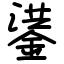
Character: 鍙